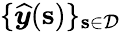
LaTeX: \{ \boldsymbol{{\widehat{y}}}(\mathbf{s})\} _{\mathbf{s}\in\mathcal{D}}